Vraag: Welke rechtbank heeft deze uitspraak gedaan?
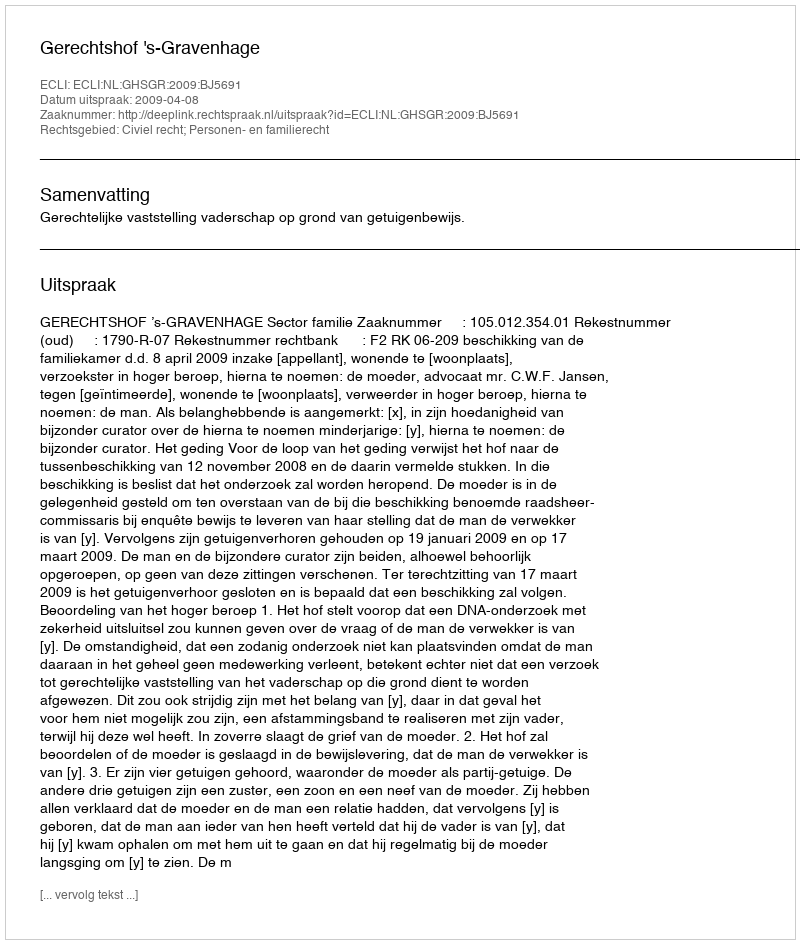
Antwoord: Gerechtshof 's-Gravenhage